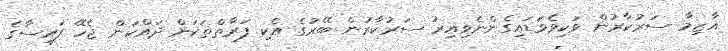
އާޒިމާ ސަރުކާރުން ވަކިވެވަޑައިގެންނެވިއިރު ސަރުކާރުން ބޭރުގެ އެކި ފަރާތްތަކަށް ދައްކަން ޖެހޭ ފައިސާގެ